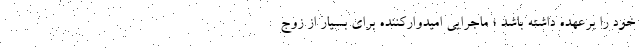
خود را برعهده داشته باشد ؛ ماجرایی امیدوارکننده برای بسیار از زوج